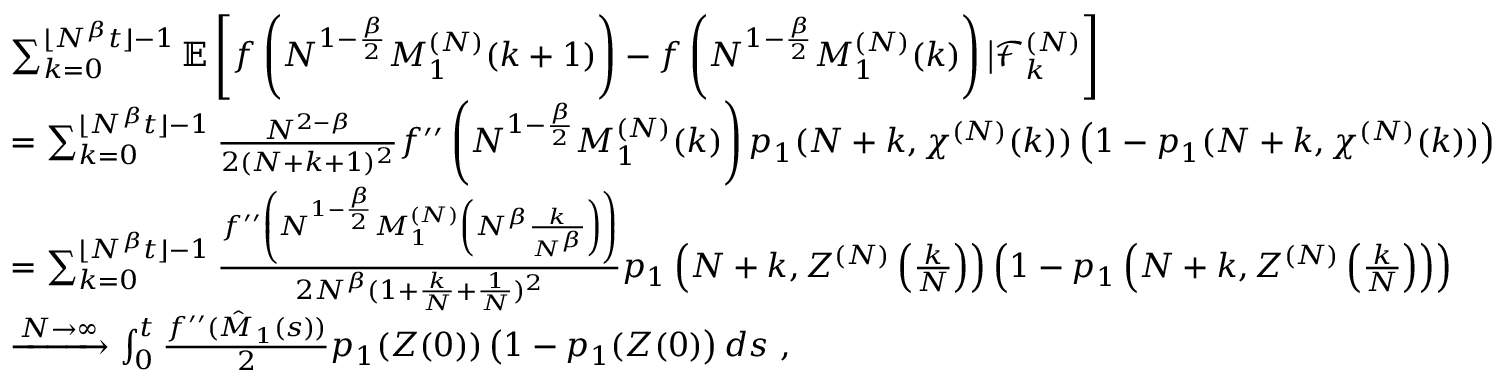
\begin{array} { r l } & { \sum _ { k = 0 } ^ { \lfloor N ^ { \beta } t \rfloor - 1 } \mathbb { E } \left[ f \left( N ^ { 1 - \frac { \beta } { 2 } } M _ { 1 } ^ { ( N ) } ( k + 1 ) \right) - f \left( N ^ { 1 - \frac { \beta } { 2 } } M _ { 1 } ^ { ( N ) } ( k ) \right) \big | \mathcal { F } _ { k } ^ { ( N ) } \right] } \\ & { = \sum _ { k = 0 } ^ { \lfloor N ^ { \beta } t \rfloor - 1 } \frac { N ^ { 2 - \beta } } { 2 ( N + k + 1 ) ^ { 2 } } f ^ { \prime \prime } \left( N ^ { 1 - \frac { \beta } { 2 } } M _ { 1 } ^ { ( N ) } ( k ) \right) p _ { 1 } ( N + k , \chi ^ { ( N ) } ( k ) ) \left( 1 - p _ { 1 } ( N + k , \chi ^ { ( N ) } ( k ) ) \right) } \\ & { = \sum _ { k = 0 } ^ { \lfloor N ^ { \beta } t \rfloor - 1 } \frac { f ^ { \prime \prime } \left( N ^ { 1 - \frac { \beta } { 2 } } M _ { 1 } ^ { ( N ) } \left( N ^ { \beta } \frac { k } { N ^ { \beta } } \right) \right) } { 2 N ^ { \beta } ( 1 + \frac { k } { N } + \frac { 1 } { N } ) ^ { 2 } } p _ { 1 } \left( N + k , Z ^ { ( N ) } \left( \frac { k } { N } \right) \right) \left( 1 - p _ { 1 } \left( N + k , Z ^ { ( N ) } \left( \frac { k } { N } \right) \right) \right) } \\ & { \xrightarrow { N \to \infty } \int _ { 0 } ^ { t } \frac { f ^ { \prime \prime } ( \hat { M } _ { 1 } ( s ) ) } { 2 } p _ { 1 } ( Z ( 0 ) ) \left( 1 - p _ { 1 } ( Z ( 0 ) \right) d s \ , } \end{array}